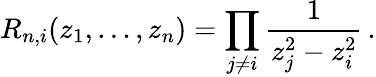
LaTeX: R_{n,i}(z_{1},\dots,z_{n})=\prod_{j\not=i}\frac{1}{z_{j}^{2}-z_{i}^{2}}\, .